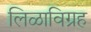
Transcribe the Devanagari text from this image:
लिळाविग्रह